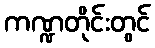
ကဏ္ဍတိုင်းတွင်